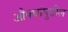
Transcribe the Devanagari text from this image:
औषधांपुढील